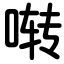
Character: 啭